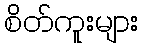
စိတ်ကူးများ